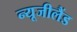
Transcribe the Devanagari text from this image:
न्‍यूजीलैंड